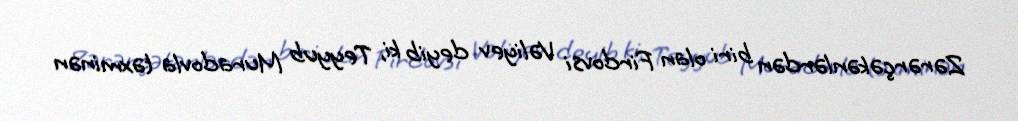
Zərərçəkənlərdən biri olan Firdovsi Vəliyev deyib ki, Teyyub Muradovla təxminən